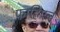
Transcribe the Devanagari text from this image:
फाहिएन